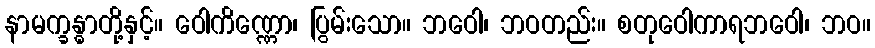
နာမက္ခန္ဓာတို့နှင့်။ ဝေါကိဏ္ဏော၊ ပြွမ်းသော။ ဘဝေါ၊ ဘဝတည်း။ စတုဝေါကာရဘဝေါ၊ ဘဝ။